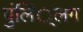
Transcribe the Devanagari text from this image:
पुंलिं्लग